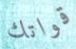
قواتك